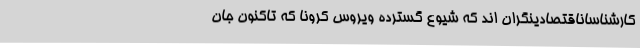
کارشناساناقتصادینگران اند که شیوع گسترده ویروس کرونا که تاکنون جان